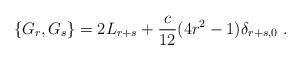
LaTeX: \begin{align*}\{ G_r, G_s \} = 2 L_{r+s} + \frac{c}{12}(4 r^2 - 1)\delta_{r+s,0}\ .\end{align*}